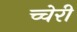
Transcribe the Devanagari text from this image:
च्चेरी